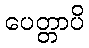
ပေတ္တာပိ